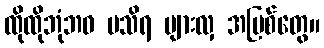
ထိုထိုဘုံဘဝ မသိရ များလှ အပြစ်တွေ။